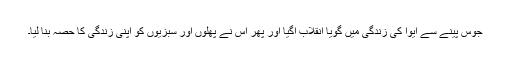
جوس پینے سے ایوا کی زندگی میں گویا انقلاب آگیا اور پھر اس نے پھلوں اور سبزیوں کو اپنی زندگی کا حصہ بنا لیا۔